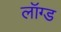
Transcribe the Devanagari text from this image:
लॉग्ड